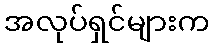
အလုပ်ရှင်များက